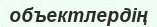
объектлердің